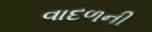
વાદળની